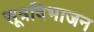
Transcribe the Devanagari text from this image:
सूत्रविभाजन